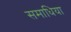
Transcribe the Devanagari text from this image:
समाधिया